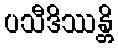
ပသီဒိဿန္တိ